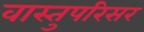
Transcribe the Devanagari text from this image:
वास्तुपरिसर